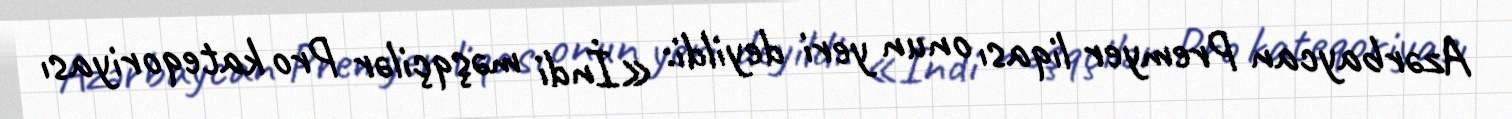
Azərbaycan Premyer liqası onun yeri deyildi: «İndi məşqçilər Pro kateqoriyası